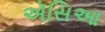
ઍસિઆ